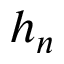
h _ { n }